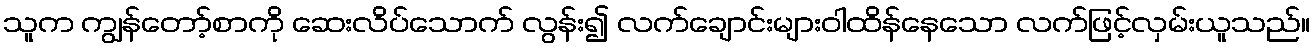
သူက ကျွန်တော့်စာကို ဆေးလိပ်သောက် လွန်း၍ လက်ချောင်းများဝါထိန်နေသော လက်ဖြင့်လှမ်းယူသည်။